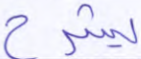
يشرح